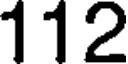
112